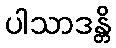
ပါသာဒန္တိ